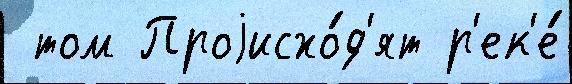
 том Проjисхо́д'ят р'ек'е́